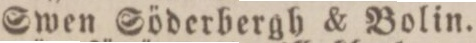
Swen Söderbergh & Bolin.